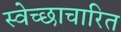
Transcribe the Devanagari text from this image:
स्वेच्छाचारित